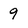
Character: 9